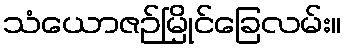
သံယောဇဉ်မြိုင်ခြေလမ်း။